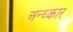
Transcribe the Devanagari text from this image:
अन्ध्कार